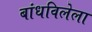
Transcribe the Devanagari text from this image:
बांधविलेला